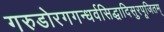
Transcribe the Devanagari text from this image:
गरुडोरगगन्धर्वसिद्धादिसुरपूजितम्